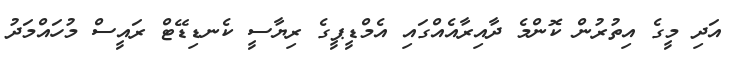
އަދި މީގެ އިތުރުން ކޮންމެ ދާއިރާއެއްގައި އެމްޑީޕީގެ ރިޔާސީ ކެނޑިޑޭޓް ރައީސް މުހައްމަދު